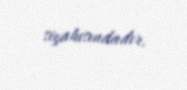
siyahısındadır.